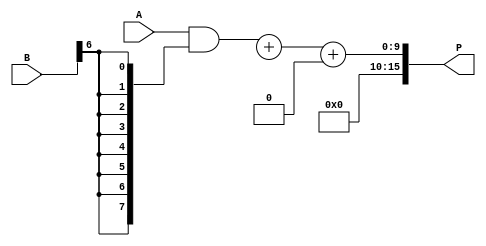
module AdaptiveWallaceTreeMultiplier #(parameter N = 8) (
    input [N-1:0] A,
    input [N-1:0] B,
    output reg [2*N-1:0] P
);
    // Partial products
    wire [N-1:0] pp[N-1:0]; // Partial products
    genvar i;
    generate
        for (i = 0; i < N; i = i + 1) begin : PP_GEN
            assign pp[i] = A & {N{B[i]}};
        end
    endgenerate

    // Wallace Tree reduction
    wire [N-1:0] sum[N-1:0]; // Sums after reduction
    wire [N-1:0] carry[N-1:0]; // Carry bits after reduction

    // Initial reduction stage
    reg [N-1:0] stage_sum[N-1:0];
    reg [N-1:0] stage_carry[N-1:0];

    // Adaptive reduction logic
    integer j;
    always @(*) begin
        for (j = 0; j < N; j = j + 1) begin
            stage_sum[j] = pp[j];
            stage_carry[j] = 0;
        end

        // Reduce partial products using Wallace Tree
        for (j = 0; j < N-1; j = j + 1) begin
            // Summing three at a time
            if (j < N/3) begin
                {carry[j], sum[j]} = stage_sum[j] + stage_sum[j+1] + stage_sum[j+2];
            end else begin
                sum[j] = stage_sum[j];
                carry[j] = 0;
            end
        end
    end

    // Final addition
    wire [2*N-1:0] final_sum;
    wire [2*N-1:0] final_carry;

    // Using a simple adder for final addition
    assign {final_carry, final_sum} = sum[N-2] + sum[N-1] + carry[N-2];

    // Final product output
    always @(*) begin
        P = final_sum; // Final product is the sum of all reductions
    end

endmodule